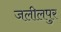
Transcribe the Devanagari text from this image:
जलीलपुर